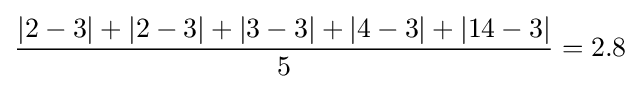
{\frac {|2-3|+|2-3|+|3-3|+|4-3|+|14-3|}{5}}=2.8